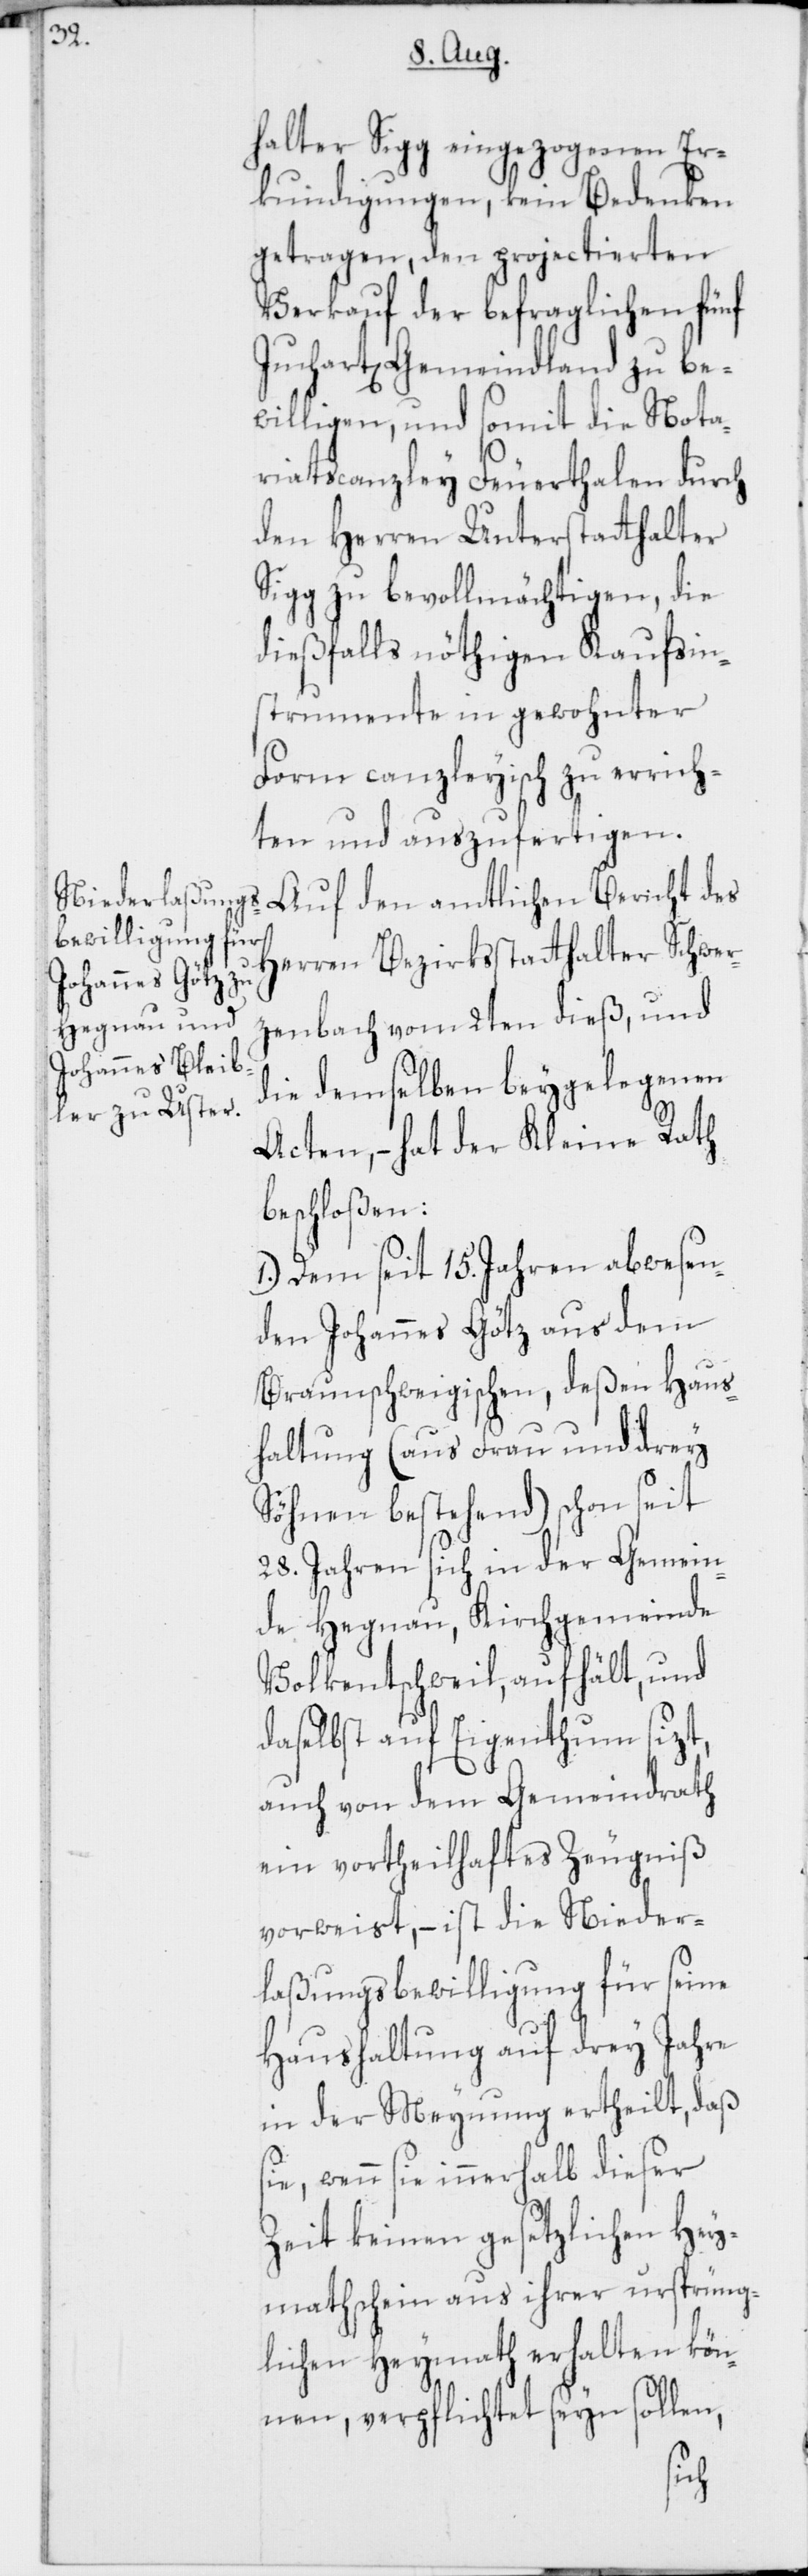
halter Sigg eingezogenen Er¬
kundigungen, kein Bedenken
getragen, den projectierten
Verkauf der befraglichen fünf
Juchart[en] Gemeindland zu be¬
willigen, und somit die Nota¬
riatscanzley Feuerthalen durch
den Herren Unterstatthalter
Sigg zu bevollmächtigen, die
dießfalls nöthigen Kaufsin¬
strumente in gewohnter
Form canzleyisch zu errich¬
ten und auszufertigen.
Auf den amtlichen Bericht des
Herren Bezirksstatthalter Schwer¬
zenbach vom 2ten dieß, und
die demselben beygelegenen
Acten, – hat der Kleine Rath
beschloßen:
1.) Dem seit 15. Jahren abwesen¬
den Johannes Götz aus dem
Braunschweigischen, deßen Haus¬
haltung (aus Frau und drey
Söhnen bestehend) schon seit
28. Jahren sich in der Gemein¬
de Hegnau, Kirchgemeinde
Volketschweil, aufhält, und
daselbst auf Eigenthum sizt,
auch von dem Gemeindrath
ein vortheilhaftes Zeugniß
vorweist, – ist die Nieder¬
laßungsbewilligung für seine
Haushaltung auf drey Jahre
in der Meynung ertheilt, daß
sie, wenn sie innerhalb dieser
Zeit keinen gesetzlichen Hey¬
mathschein aus ihrer ursprüng¬
lichen Heymath erhalten kön¬
nen, verpflichtet seyn sollen,